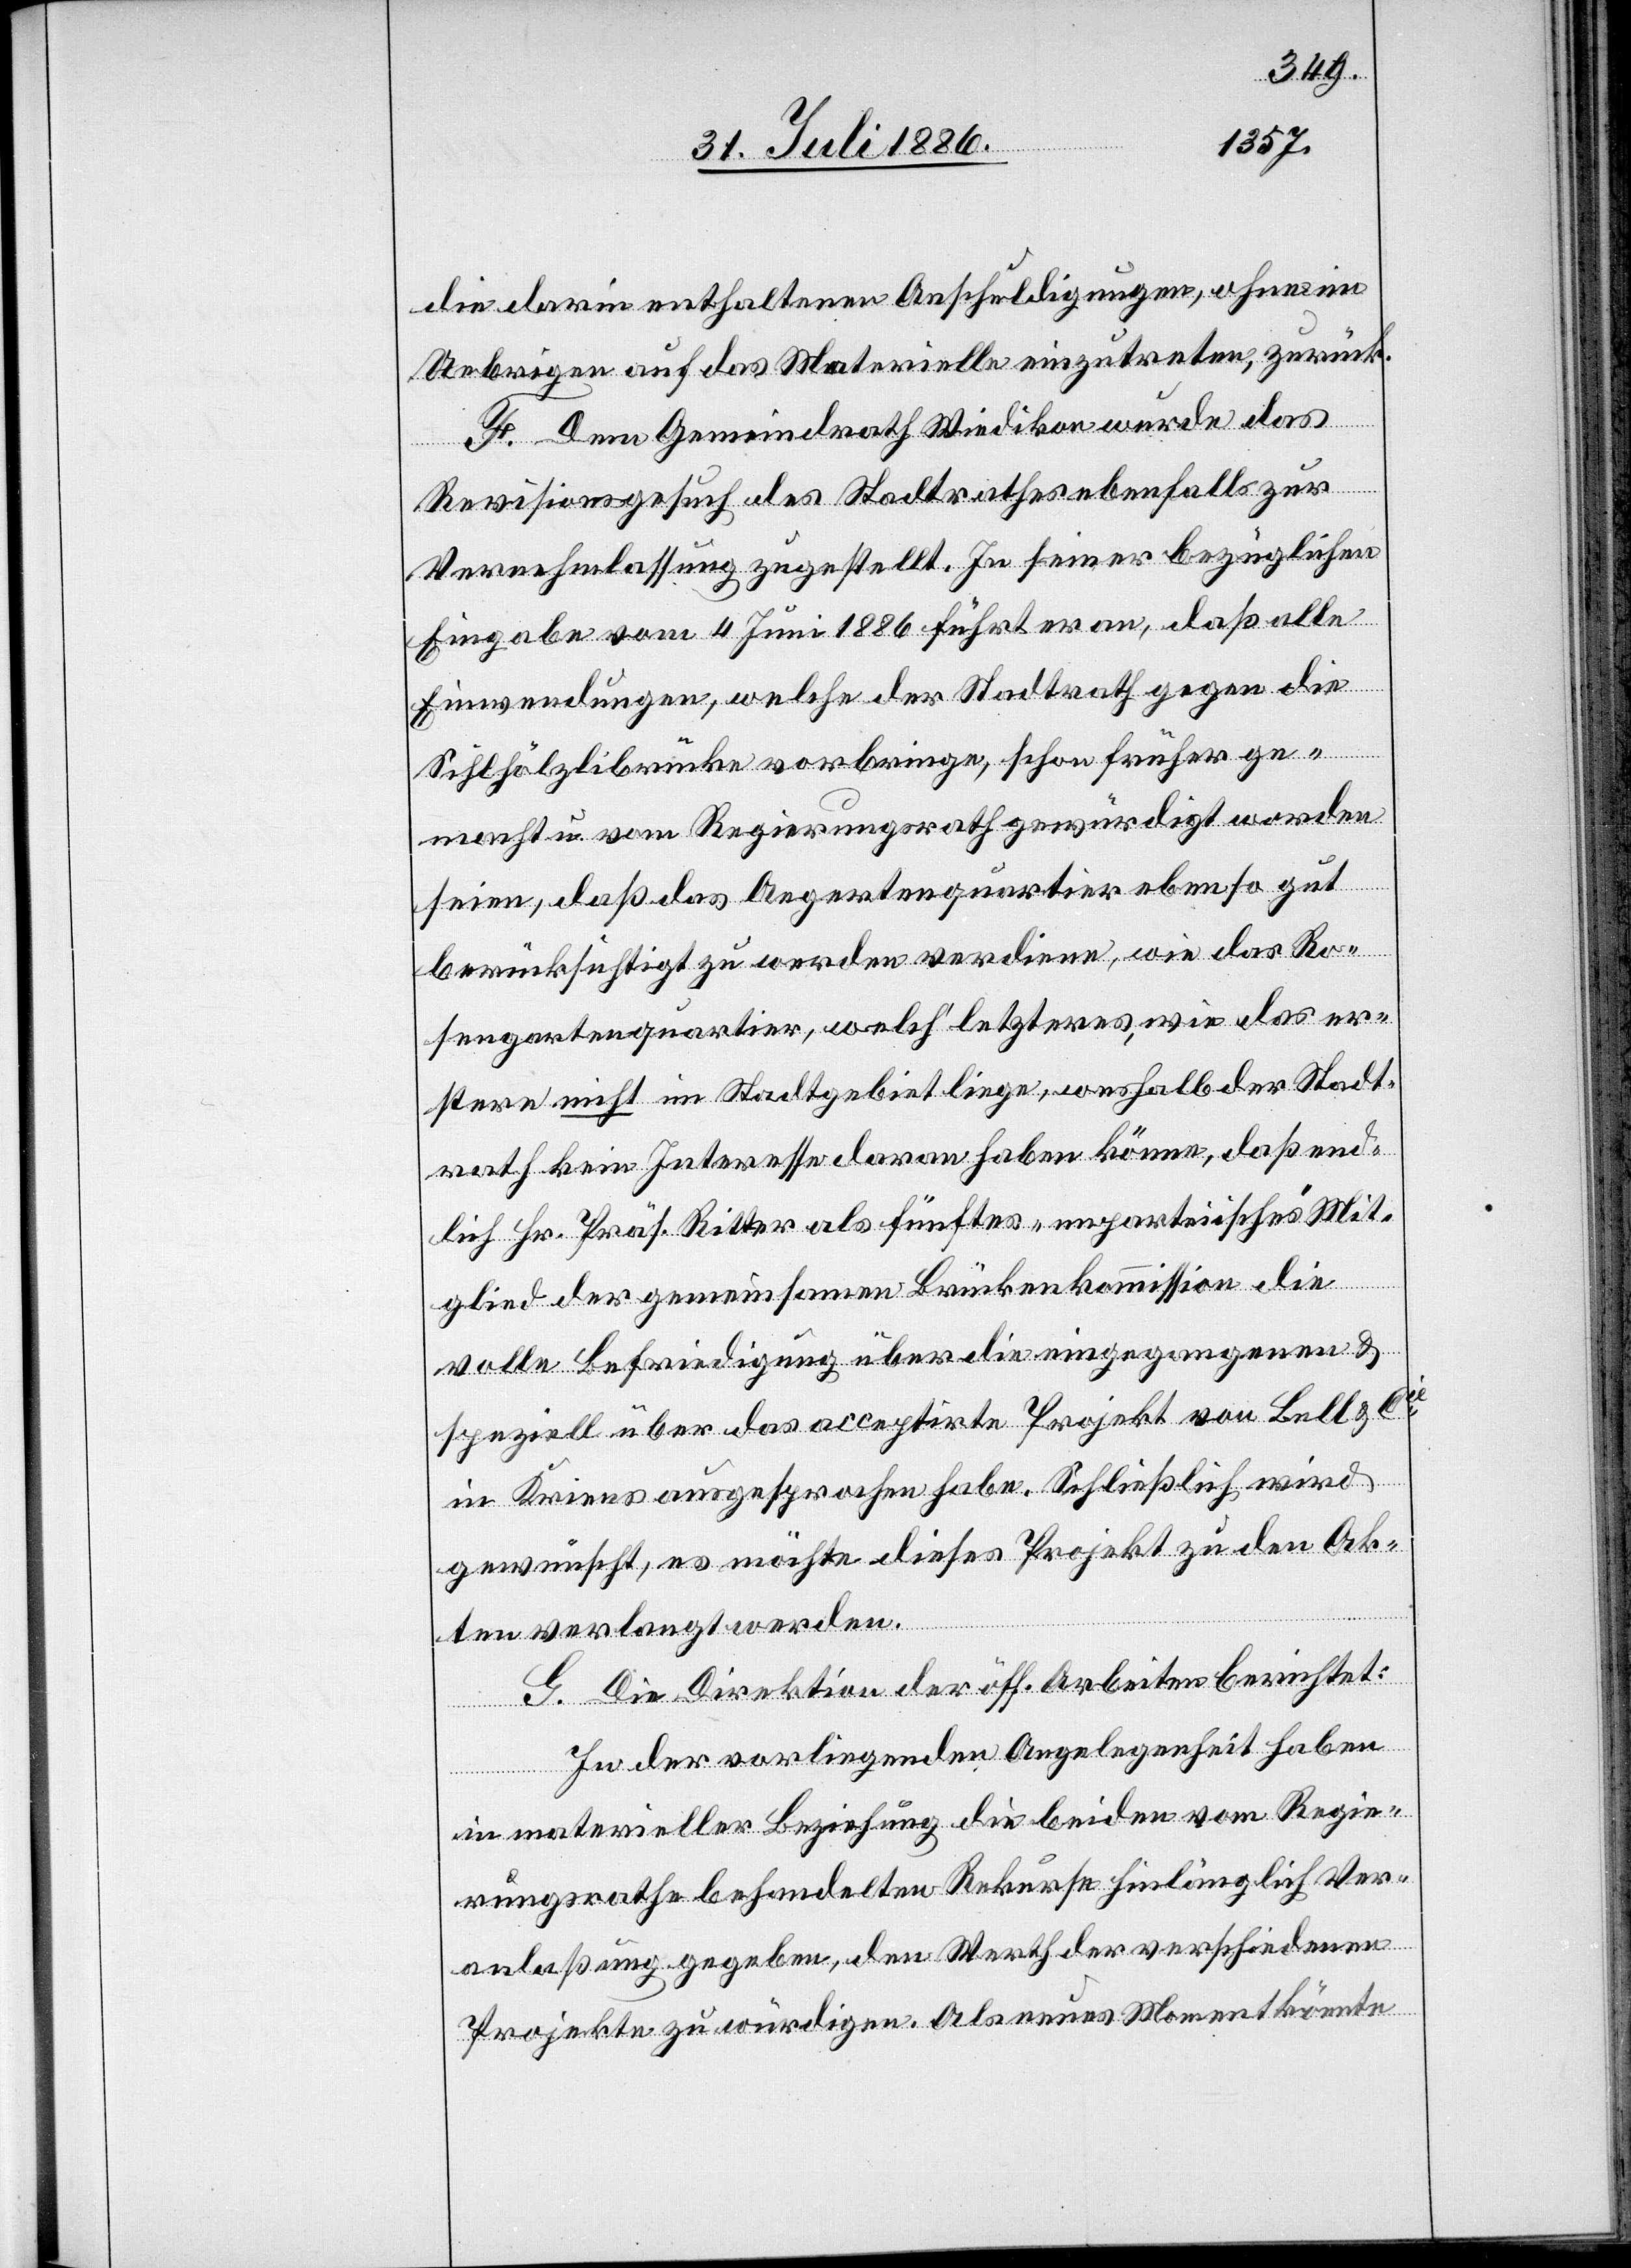
die darin enthaltenen Anschuldigungen, ohne im
Uebrigen auf das Materielle einzutreten, zurück.
F. Dem Gemeindrath Wiedikon wurde das
Revisionsgesuch des Stadtrathes ebenfalls zur
Vernehmlassung zugestellt. In seiner bezüglichen
Eingabe vom 4. Juni 1886 führt er an, daß alle
Einwendungen, welche der Stadtrath gegen die
Sihlhölzlibrücke vorbringe, schon früher ge¬
macht u. vom Regierungsrath gewürdigt worden
seien, daß das Aegertenquartier ebenso gut
berücksichtigt zu werden verdiene, wie das Ro¬
sengartenquartier, welch’ letzteres, wie das er¬
stere nicht im Stadtgebiet liege, weshalb der Stadt¬
rath kein Interesse daran haben könne, daß end¬
lich Hr. Präs. Ritter als fünftes „unparteiisches“ Mit¬
glied der gemeinsamen Brückenkommission die
volle Befriedigung über die eingegangenen &
speziell über das acceptirte Projekt von Bell & Cie
in Kriens ausgesprochen habe. Schließlich wird
gewünscht, es möchte dieses Projekt zu den Ak¬
ten verlangt werden.
G. Die Direktion der öff. Arbeiten berichtet:
In der vorliegenden Angelegenheit haben
in materieller Beziehung die beiden vom Regie¬
rungsrathe behandelten Rekurse hinlänglich Ver¬
anlaßung gegeben, den Werth der verschiedenen
Projekte zu würdigen. Als neues Moment könnte